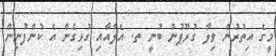
މީގެ އިތުރުން ވިލާ ގުރޫޕުން ބުނީ ތ. އެލާއާއި ގުޅިގެން އެ ކުންފުނިން